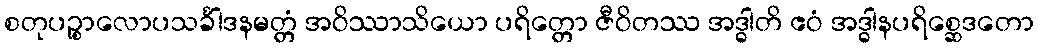
စတုပဉ္စာလောပသင်္ခါဒနမတ္တံ အဝိဿာသိယော ပရိတ္တော ဇီဝိတဿ အဒ္ဓါတိ ဧဝံ အဒ္ဓါနပရိစ္ဆေဒတော